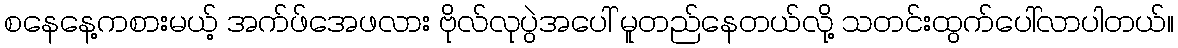
စနေနေ့ကစားမယ့် အက်ဖ်အေဖလား ဗိုလ်လုပွဲအပေါ် မူတည်နေတယ်လို့ သတင်းထွက်ပေါ်လာပါတယ်။